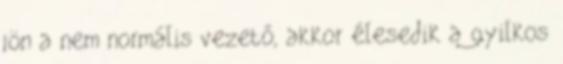
jön a nem normális vezető, akkor élesedik a gyilkos